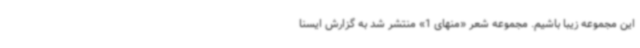
این مجموعه زیبا باشیم. مجموعه شعر «منهای 1» منتشر شد به گزارش ایسنا